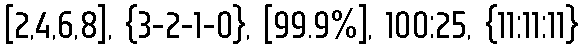
[2,4,6,8], {3-2-1-0}, [99.9%], 100:25, {11:11:11}